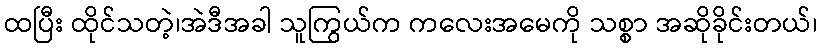
ထပြီး ထိုင်သတဲ့၊အဲဒီအခါ သူကြွယ်က ကလေးအမေကို သစ္စာ အဆိုခိုင်းတယ်၊